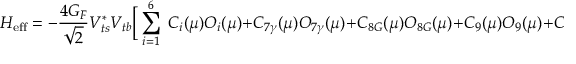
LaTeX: { \cal H } _ { \mathrm { e f f } } = - \frac { 4 G _ { F } } { \sqrt { 2 } } V _ { t s } ^ { * } V _ { t b } \biggr [ \sum _ { i = 1 } ^ { 6 } \; C _ { i } ( \mu ) O _ { i } ( \mu ) + C _ { 7 \gamma } ( \mu ) O _ { 7 \gamma } ( \mu ) + C _ { 8 G } ( \mu ) O _ { 8 G } ( \mu ) + C _ { 9 } ( \mu ) O _ { 9 } ( \mu ) + C _ { 1 0 } ( \mu ) O _ { 1 0 } ( \mu ) \biggr ] \; .